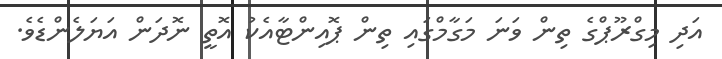
އަދި މިގްރޫޕްގެ ތިން ވަނަ މަގާމްގައި ތިން ޕޮއިންޓާއެކު އޮތީ ނޮދަން އަޔަލެންޑެވެ.